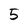
Character: 5